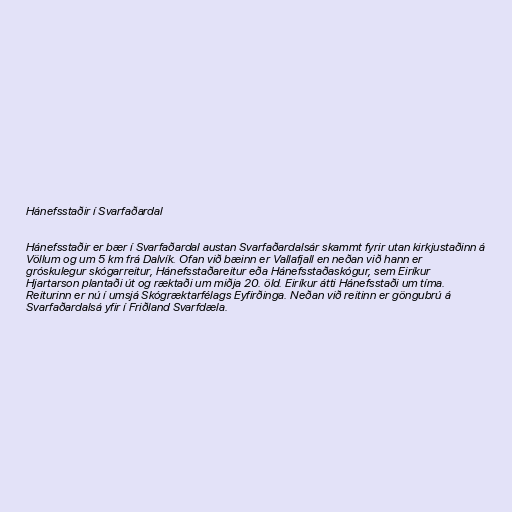
Hánefsstaðir í Svarfaðardal

Hánefsstaðir er bær í Svarfaðardal austan Svarfaðardalsár skammt fyrir utan kirkjustaðinn á
Völlum og um 5 km frá Dalvík. Ofan við bæinn er Vallafjall en neðan við hann er
gróskulegur skógarreitur, Hánefsstaðareitur eða Hánefsstaðaskógur, sem Eiríkur
Hjartarson plantaði út og ræktaði um miðja 20. öld. Eiríkur átti Hánefsstaði um tíma.
Reiturinn er nú í umsjá Skógræktarfélags Eyfirðinga. Neðan við reitinn er göngubrú á
Svarfaðardalsá yfir í Friðland Svarfdæla.